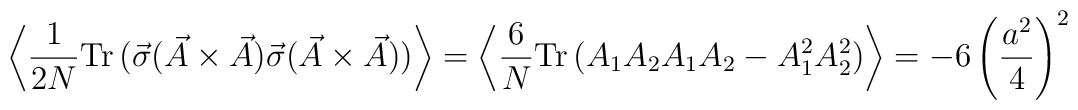
\left\langle \frac{1}{2N} \mbox{Tr} \, (\vec{\sigma }(\vec{A} \times \vec{A} ) \vec{\sigma } (\vec{A} \times \vec{A} ) )\right\rangle =\left\langle \frac{6}{N} \mbox{Tr} \, (A_1 A_2 A_1 A_2 - A_1^2 A_2^2 )\right\rangle =-6 \left( \frac{a^2 }{4} \right)^{2}